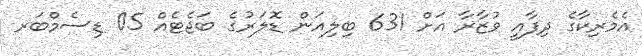
އެމެރިކާގެ ދިފާއީ ވުޒާރާ އަށް 631 ބިލިއަން ޑޮލަރުގެ ބަޖެޓެއް 05 ޑިސެމްބަރ